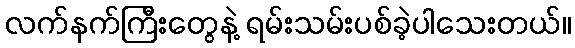
လက်နက်ကြီးတွေနဲ့ ရမ်းသမ်းပစ်ခဲ့ပါသေးတယ်။